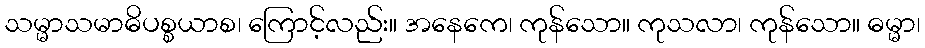
သမ္မာသမာဓိပစ္စယာစ၊ ကြောင့်လည်း။ အနေကေ၊ ကုန်သော။ ကုသလာ၊ ကုန်သော။ ဓမ္မာ၊